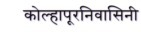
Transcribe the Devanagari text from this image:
कोल्हापूरनिवासिनी